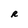
Character: R